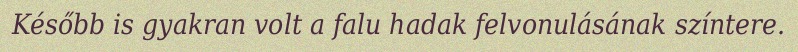
Később is gyakran volt a falu hadak felvonulásának színtere.